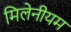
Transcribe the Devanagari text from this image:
मिलेनीयम